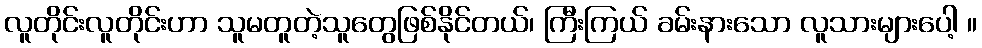
လူတိုင်းလူတိုင်းဟာ သူမတူတဲ့သူတွေဖြစ်နိုင်တယ်၊ ကြီးကြယ် ခမ်းနားသော လူသားများပေါ့ ။